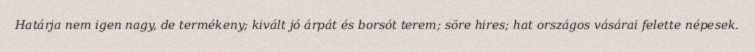
Határja nem igen nagy, de termékeny; kivált jó árpát és borsót terem; söre hires; hat országos vásárai felette népesek.